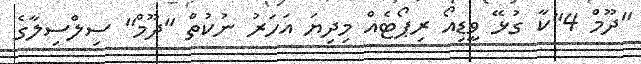
"ދޫމް 4"ކާ ގުޅޭ ވީޑިއޯ ރިޕޯޓެއް މިދިޔަ އަހަރު ނުކުތް "ދޫމް" ސިލްސިލާގެ